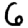
Digit: 6